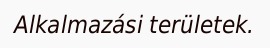
Alkalmazási területek.